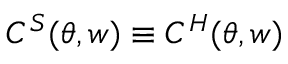
C ^ { S } ( \boldsymbol { \theta } , \boldsymbol { w } ) \equiv C ^ { H } ( \boldsymbol { \theta } , \boldsymbol { w } )